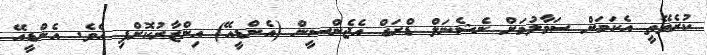
ކުރެވޭތީ އެކަމަށް ސަމާލުމަށް ނެޝެނަލް ޑްރަގް އެޖެންސީން (އެންޑީއޭ) އިންޒާރުކޮށްފި އެވެ. އެންޑީއޭ